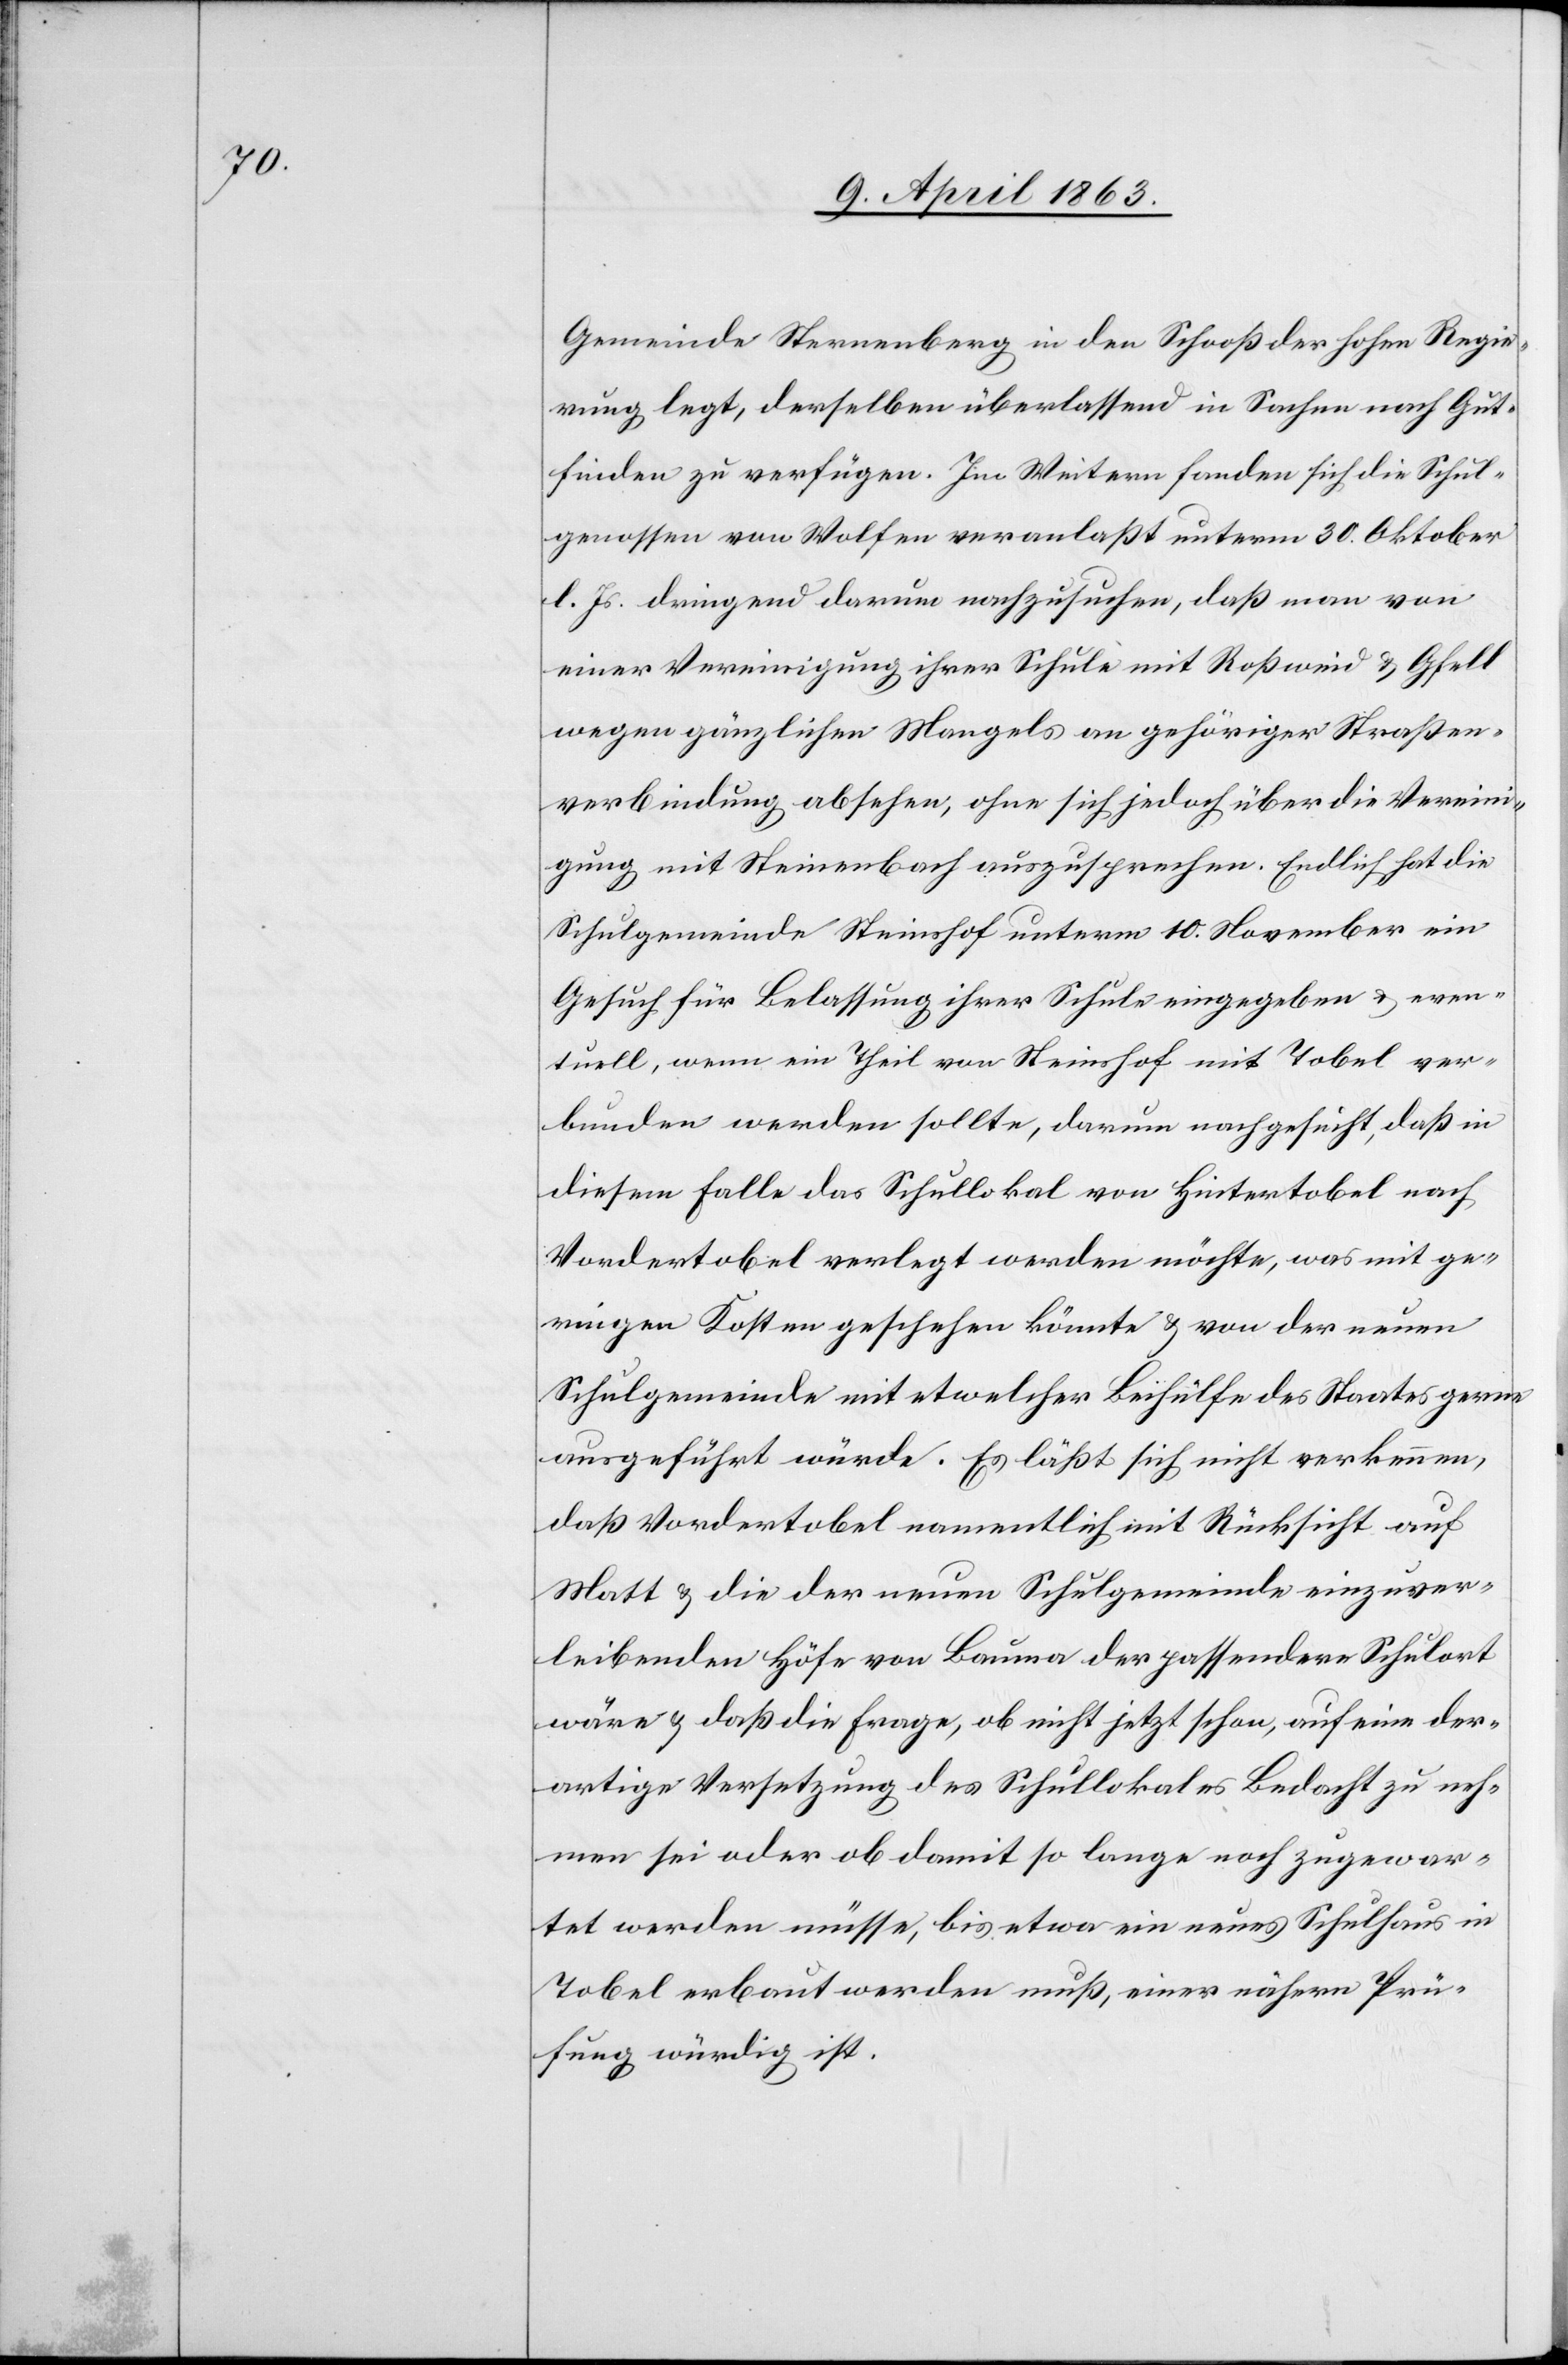
Gemeinde Sternenberg in den Schooß der hohen Regie¬
rung legt, derselben überlassend in Sachen nach Gut¬
finden zu verfügen. Im Weitern fanden sich die Schul¬
genossen von Wolfen veranlaßt unterm 30. Oktober
l. Js. dringend darum nachzusuchen, daß man von
einer Vereinigung ihrer Schule mit Roßweid & Gfell
wegen gänzlichen Mangels an gehöriger Straßen¬
verbindung absehen, ohne sich jedoch über die Vereini¬
gung mit Steinenbach auszusprechen. Endlich hat die
Schulgemeinde Steinshof unterm 10. November ein
Gesuch für Belassung ihrer Schule eingegeben & even¬
tuell, wenn ein Theil von Steinshof mit Tobel ver¬
bunden werden sollte, darum nachgesucht, daß in
diesem Falle das Schullokal von Hintertobel nach
Vordertobel verlegt werden möchte, was mit ge¬
ringen Kosten geschehen könnte & von der neuen
Schulgemeinde mit etwelcher Beihülfe des Staates gerne
ausgeführt würde. Es läßt sich nicht verkennen,
daß Vordertobel namentlich mit Rücksicht auf
Matt & die der neuen Schulgemeinde einzuver¬
leibenden Höfe von Bauma der passendere Schulort
wäre & daß die Frage, ob nicht jetzt schon, auf eine der¬
artige Versetzung des Schullokales Bedacht zu neh¬
men sei oder ob damit so lange noch zugewar¬
tet werden müsse, bis etwa ein neues Schulhaus in
Tobel erbaut werden muß, einer nähern Prü¬
fung würdig ist.